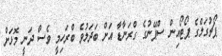
ޕޯޗުގަލްގެ ޕޯޓޯއިން ސްޕޭނުގެ ގްރަނާޑާ އަށް ބަދަލުވެ ބްރަހިމީ ވެސް ދަނީ މޮޅަށް